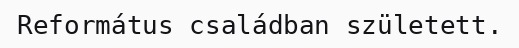
Református családban született.